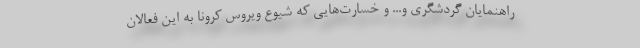
راهنمایان گردشگری و... و خسارت‌هایی که شیوع ویروس کرونا به این فعالان